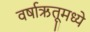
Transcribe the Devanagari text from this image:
वर्षाऋतूमध्ये